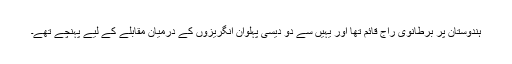
ہندوستان پر برطانوی راج قائم تھا اور یہیں سے دو دیسی پہلوان انگریزوں کے درمیان مقابلے کے لیے پہنچے تھے۔